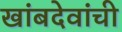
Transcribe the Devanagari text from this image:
खांबदेवांची